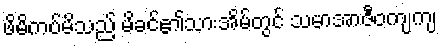
ဖိမိကပ်မိသည် မိခင်၏သားအိမ်တွင် သမာအာဇီဝကျကျ